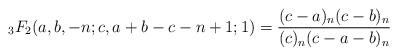
LaTeX: \begin{align*} {}_3F_2(a,b,-n;c,a+b-c-n+1;1) = \frac{(c-a)_n (c-b)_n}{(c)_n (c-a-b)_n}\end{align*}